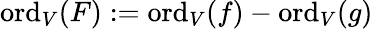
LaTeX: {\mathrm{ord}}_{V}(F):={\mathrm{ord}}_{V}(f)-{\mathrm{ord}}_{V}(g)